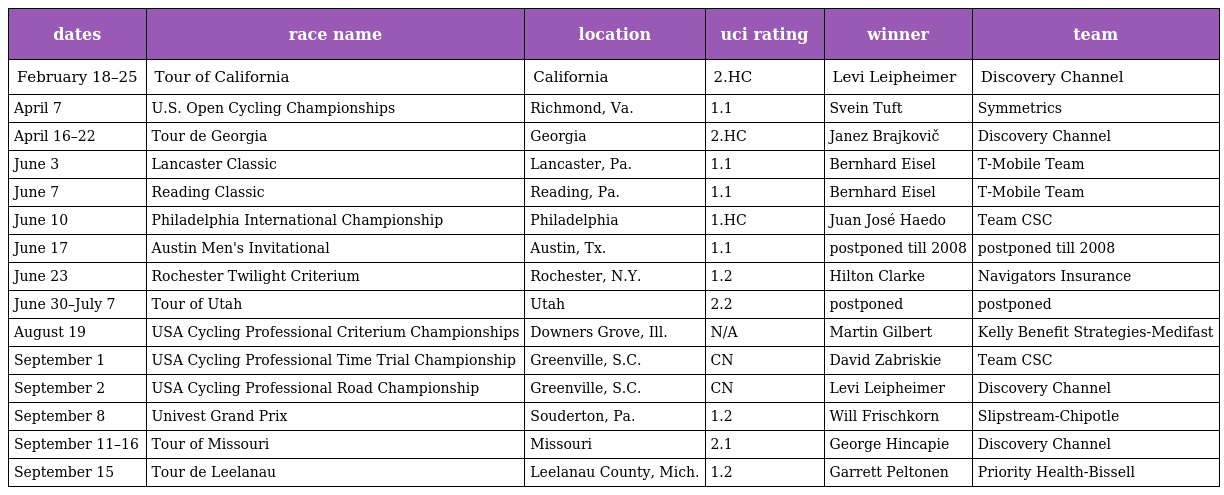
| dates | race name | location | uci rating | winner | team |
 | --- | --- | --- | --- | --- | --- |
 | February 18–25 | Tour of California | California | 2.HC | Levi Leipheimer | Discovery Channel |
 | April 7 | U.S. Open Cycling Championships | Richmond, Va. | 1.1 | Svein Tuft | Symmetrics |
 | April 16–22 | Tour de Georgia | Georgia | 2.HC | Janez Brajkovič | Discovery Channel |
 | June 3 | Lancaster Classic | Lancaster, Pa. | 1.1 | Bernhard Eisel | T-Mobile Team |
 | June 7 | Reading Classic | Reading, Pa. | 1.1 | Bernhard Eisel | T-Mobile Team |
 | June 10 | Philadelphia International Championship | Philadelphia | 1.HC | Juan José Haedo | Team CSC |
 | June 17 | Austin Men's Invitational | Austin, Tx. | 1.1 | postponed till 2008 | postponed till 2008 |
 | June 23 | Rochester Twilight Criterium | Rochester, N.Y. | 1.2 | Hilton Clarke | Navigators Insurance |
 | June 30–July 7 | Tour of Utah | Utah | 2.2 | postponed | postponed |
 | August 19 | USA Cycling Professional Criterium Championships | Downers Grove, Ill. | N/A | Martin Gilbert | Kelly Benefit Strategies-Medifast |
 | September 1 | USA Cycling Professional Time Trial Championship | Greenville, S.C. | CN | David Zabriskie | Team CSC |
 | September 2 | USA Cycling Professional Road Championship | Greenville, S.C. | CN | Levi Leipheimer | Discovery Channel |
 | September 8 | Univest Grand Prix | Souderton, Pa. | 1.2 | Will Frischkorn | Slipstream-Chipotle |
 | September 11–16 | Tour of Missouri | Missouri | 2.1 | George Hincapie | Discovery Channel |
 | September 15 | Tour de Leelanau | Leelanau County, Mich. | 1.2 | Garrett Peltonen | Priority Health-Bissell |